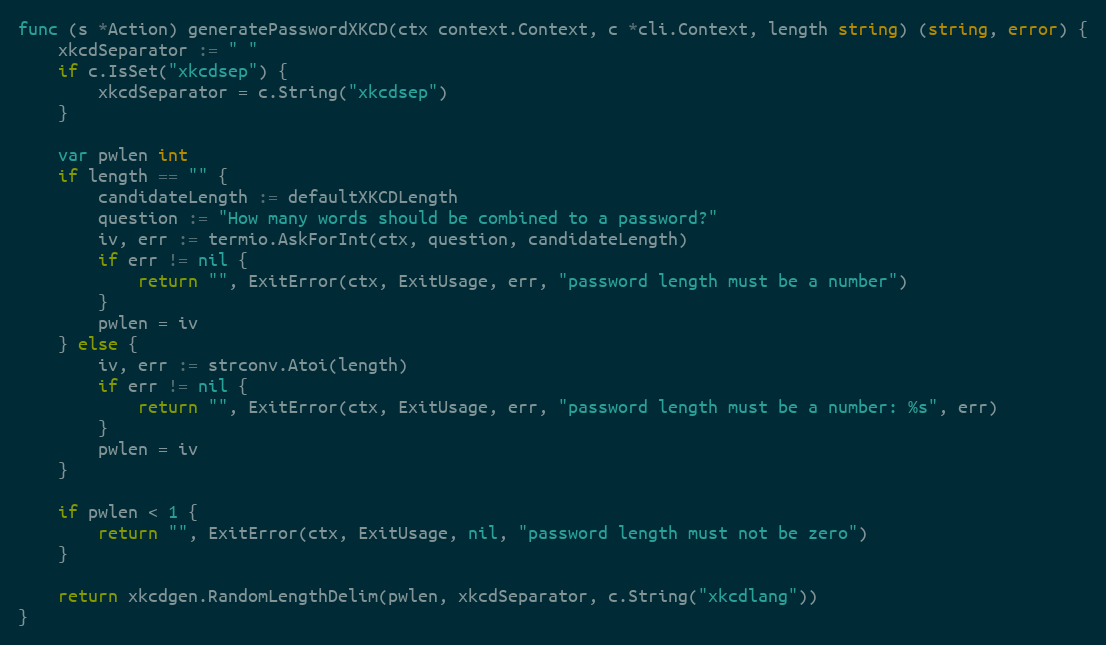
Language: Go
func (s *Action) generatePasswordXKCD(ctx context.Context, c *cli.Context, length string) (string, error) {
	xkcdSeparator := " "
	if c.IsSet("xkcdsep") {
		xkcdSeparator = c.String("xkcdsep")
	}

	var pwlen int
	if length == "" {
		candidateLength := defaultXKCDLength
		question := "How many words should be combined to a password?"
		iv, err := termio.AskForInt(ctx, question, candidateLength)
		if err != nil {
			return "", ExitError(ctx, ExitUsage, err, "password length must be a number")
		}
		pwlen = iv
	} else {
		iv, err := strconv.Atoi(length)
		if err != nil {
			return "", ExitError(ctx, ExitUsage, err, "password length must be a number: %s", err)
		}
		pwlen = iv
	}

	if pwlen < 1 {
		return "", ExitError(ctx, ExitUsage, nil, "password length must not be zero")
	}

	return xkcdgen.RandomLengthDelim(pwlen, xkcdSeparator, c.String("xkcdlang"))
}